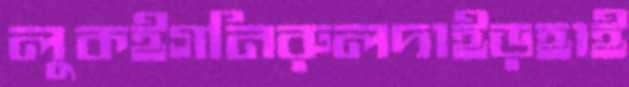
লুকইগনিরুলদাইড়হাই